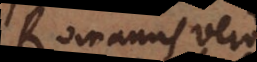
Romanus vero